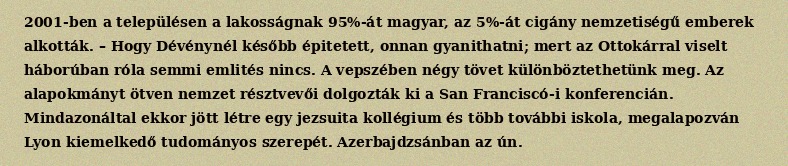
2001-ben a településen a lakosságnak 95%-át magyar, az 5%-át cigány nemzetiségű emberek alkották. – Hogy Dévénynél később épitetett, onnan gyanithatni; mert az Ottokárral viselt háborúban róla semmi emlités nincs. A vepszében négy tövet különböztethetünk meg. Az alapokmányt ötven nemzet résztvevői dolgozták ki a San Franciscó-i konferencián. Mindazonáltal ekkor jött létre egy jezsuita kollégium és több további iskola, megalapozván Lyon kiemelkedő tudományos szerepét. Azerbajdzsánban az ún.